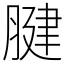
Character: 腱